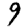
Digit: 9